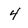
Character: 4